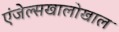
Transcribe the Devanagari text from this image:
एंजेल्सखालोखाल